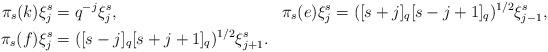
LaTeX: \begin{align*}\pi_s(k)\xi_j^s &= q^{-j}\xi_j^s, & \pi_s(e)\xi_j^s &= ([s+j]_q[s-j+1]_q)^{1/2}\xi_{j-1}^s, \\\pi_s(f)\xi_j^s &= ([s-j]_q[s+j+1]_q)^{1/2}\xi_{j+1}^s.\end{align*}